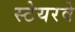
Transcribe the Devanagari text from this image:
स्टेयरवे